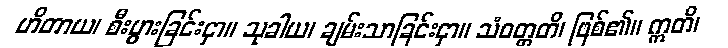
ဟိတာယ၊ စီးပွားခြင်းငှာ။ သုခါယ၊ ချမ်းသာခြင်းငှာ။ သံဝတ္တတိ၊ ဖြစ်၏။ ဣတိ၊